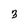
Character: 3